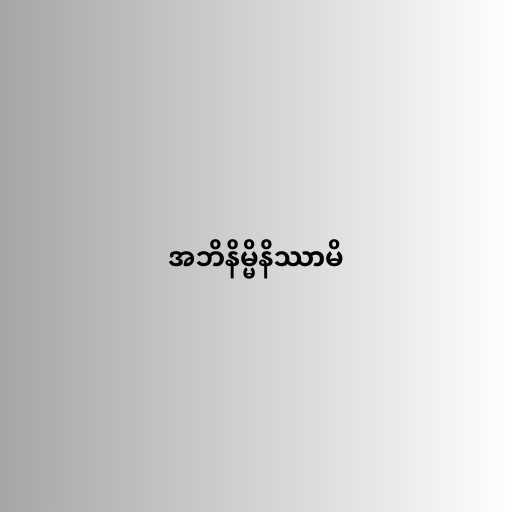
အဘိနိမ္မိနိဿာမိ